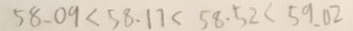
5 8 . 0 9 < 5 8 . 1 7 < 5 8 . 5 2 < 5 9 . 0 2